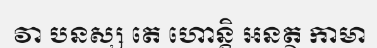
វា បនស្ស តេ ហោន្តិ អនត្ថ កាមា